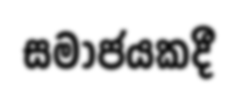
සමාජයකදී